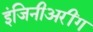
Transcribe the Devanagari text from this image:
इंजिनीअरींग